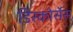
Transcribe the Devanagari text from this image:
डिस्कोर्सेस